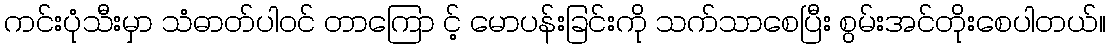
ကင်းပုံသီးမှာ သံဓာတ်ပါဝင် တာကြော င့် မောပန်းခြင်းကို သက်သာစေပြီး စွမ်းအင်တိုးစေပါတယ်။